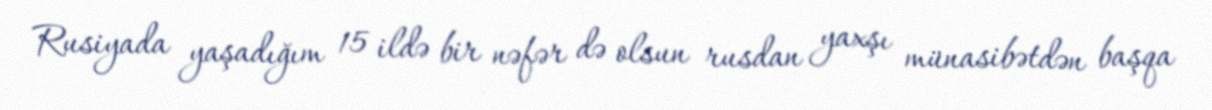
Rusiyada yaşadığım 15 ildə bir nəfər də olsun rusdan yaxşı münasibətdən başqa